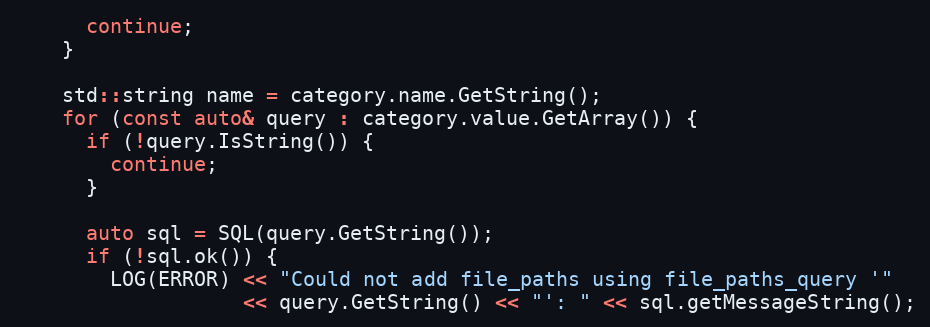
Language: C++
      continue;
    }

    std::string name = category.name.GetString();
    for (const auto& query : category.value.GetArray()) {
      if (!query.IsString()) {
        continue;
      }

      auto sql = SQL(query.GetString());
      if (!sql.ok()) {
        LOG(ERROR) << "Could not add file_paths using file_paths_query '"
                   << query.GetString() << "': " << sql.getMessageString();